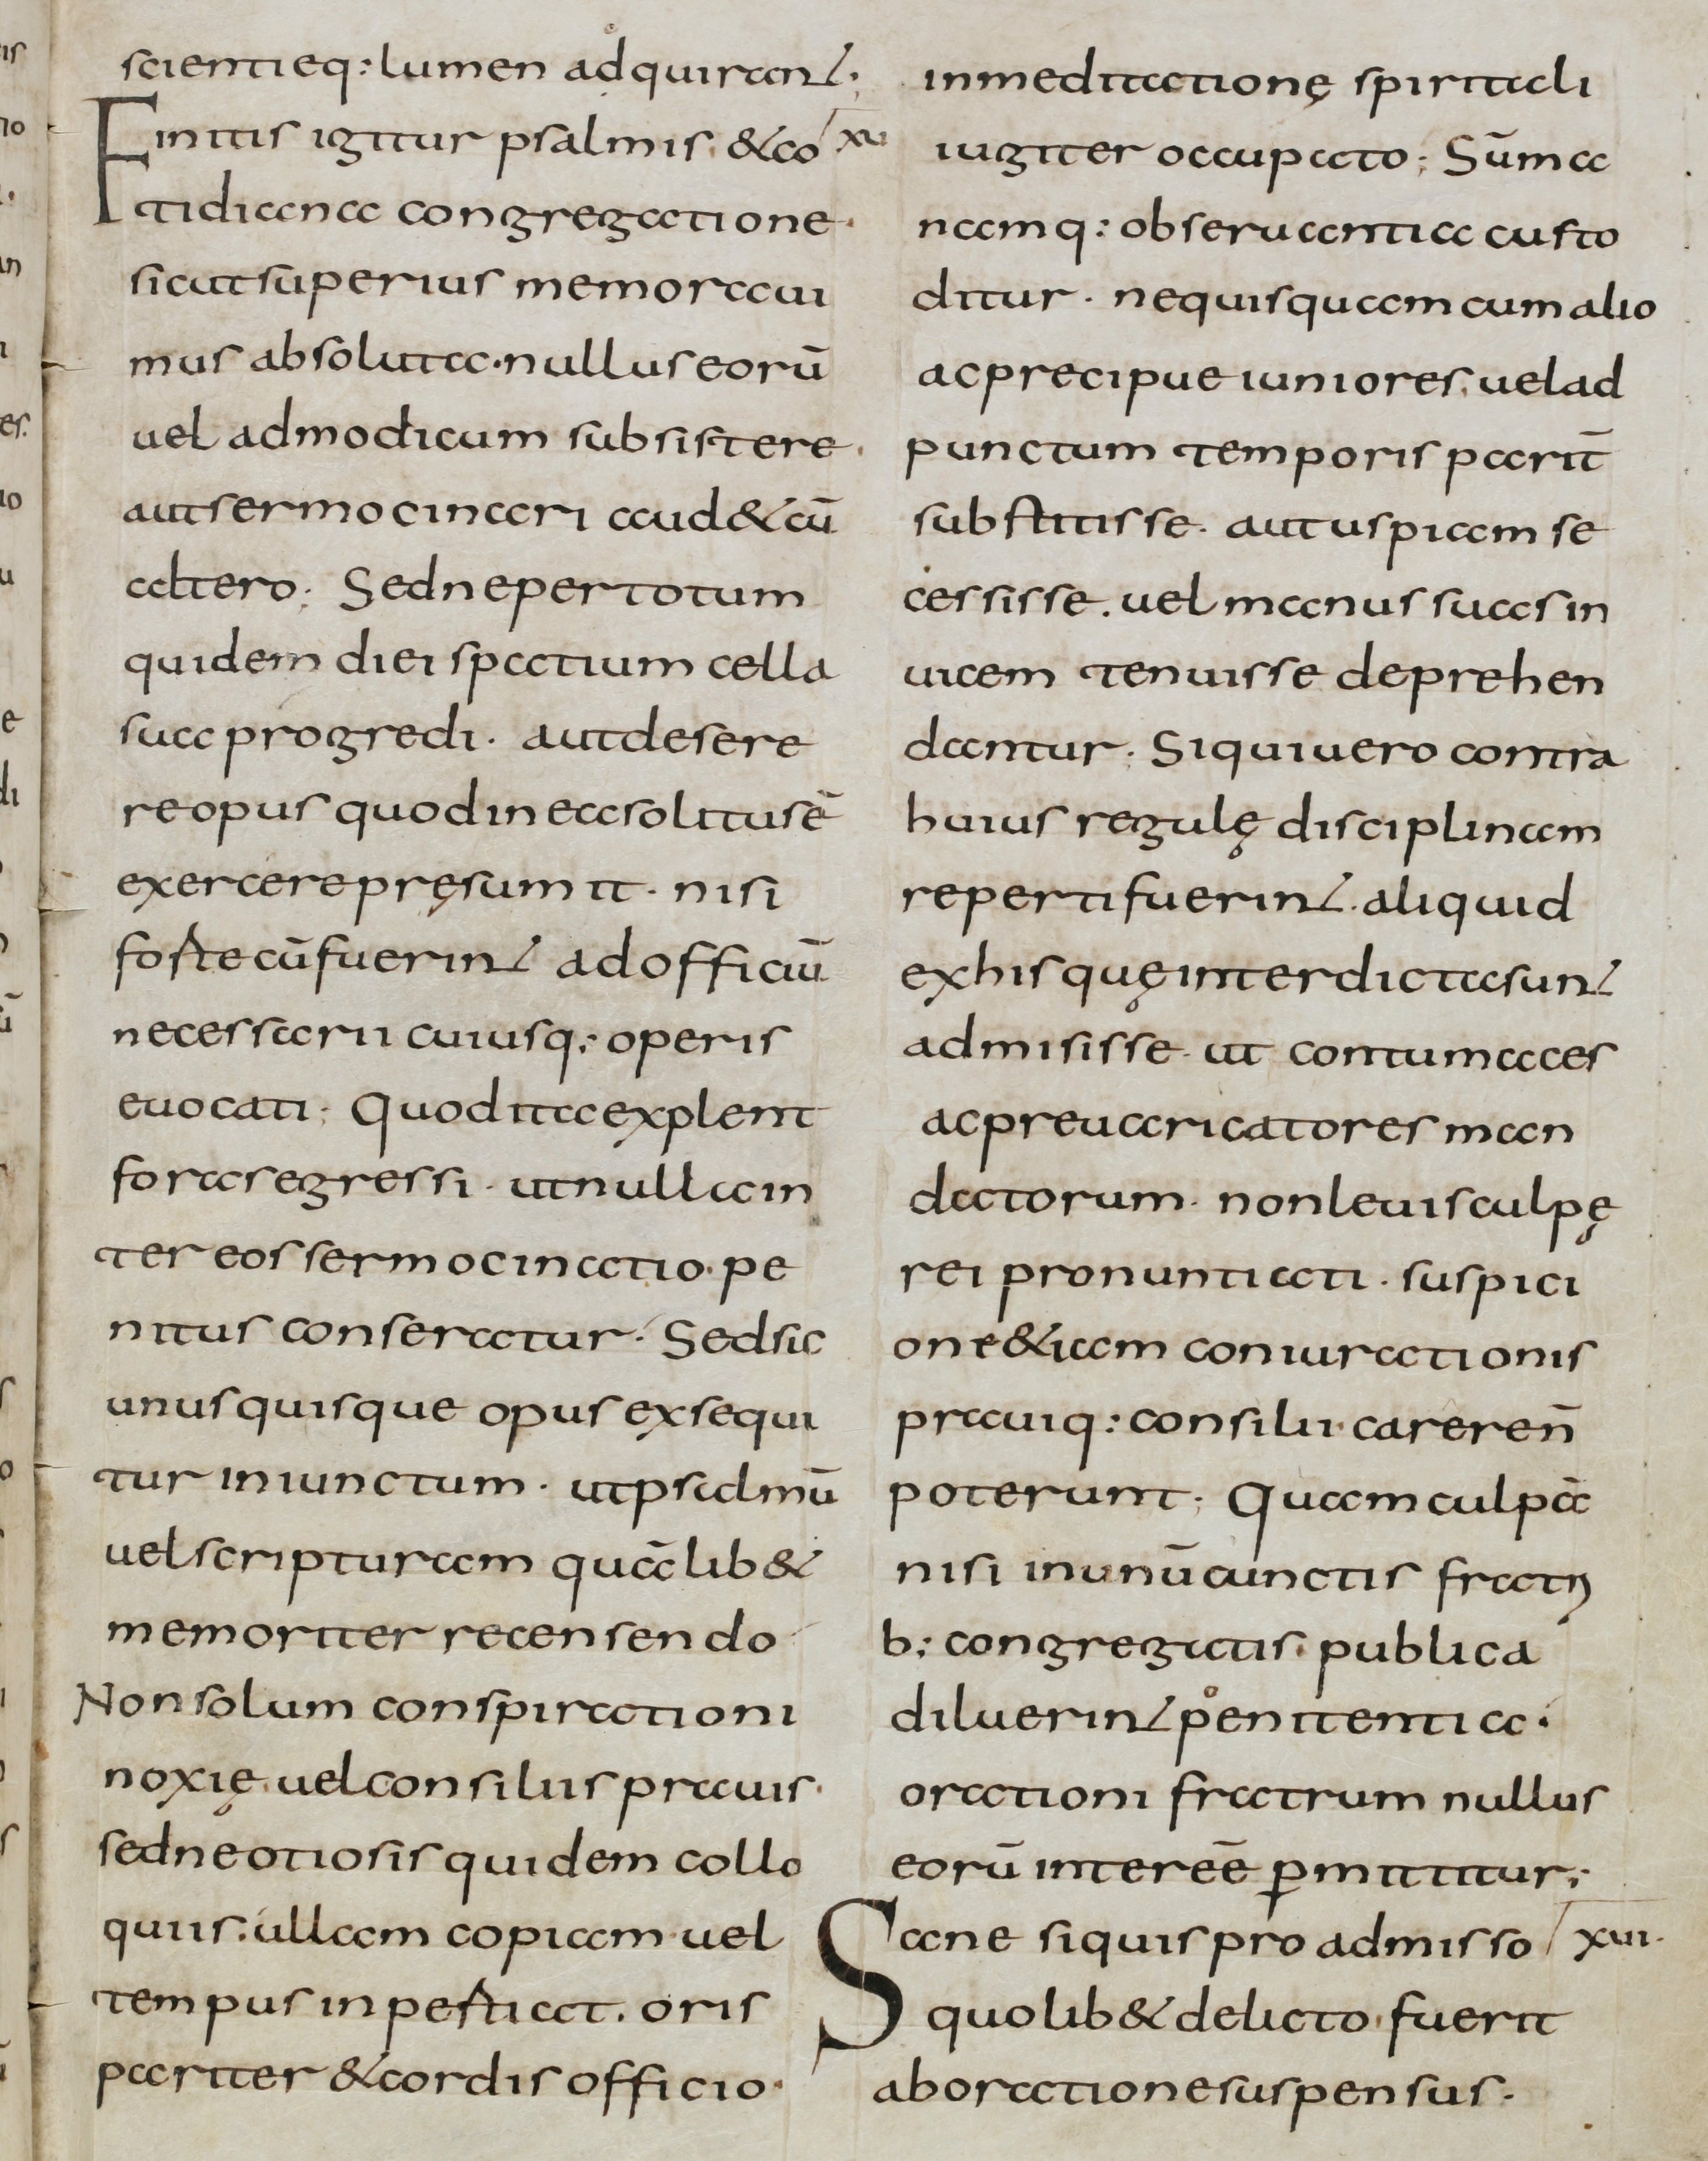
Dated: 800–832